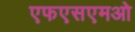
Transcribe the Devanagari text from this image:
एफएसएमओ